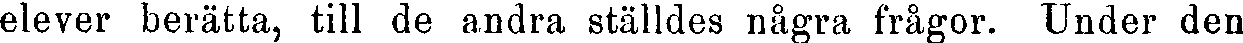
elever berätta, till de andra ställdes några frågor. Under den